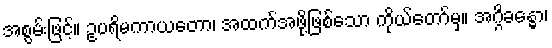
အစွမ်းဖြင့်။ ဥပရိမကာယတော၊ အထက်အဖို့ဖြစ်သော ကိုယ်တော်မှ။ အဂ္ဂိခန္ဓော၊